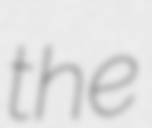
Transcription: the